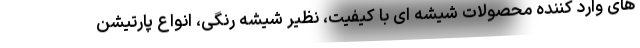
های وارد کننده محصولات شیشه ای با کیفیت، نظیر شیشه رنگی، انواع پارتیشن